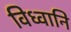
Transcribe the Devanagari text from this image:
विध्वानि